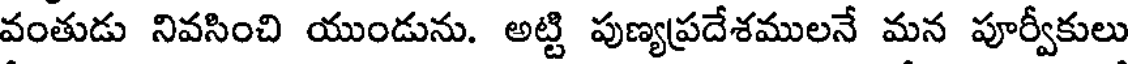
వంతుడు నివసించి యుండును. అట్టి పుణ్యప్రదేశములనే మన పూర్వీకులు